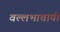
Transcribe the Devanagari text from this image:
वल्लभाचार्य।